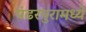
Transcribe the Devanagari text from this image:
पंढरपुरामध्ये